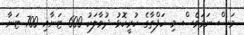
މަސް ނަމަވެސް މި ހަފްތާގެ ކުރީކޮޅު ދުވާލަކު 600 ޓަނާއި 700 ޓަނާ